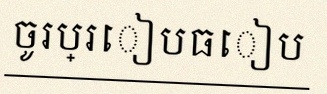
ចូរប្រៀបធៀប